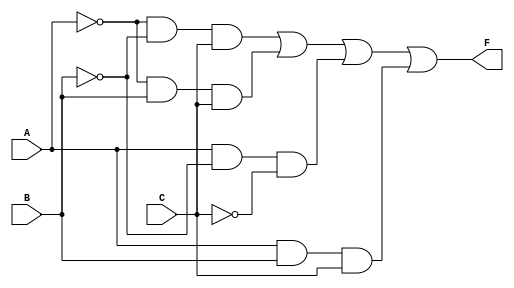
`timescale 1ns/1ps

module structural_gate_0 (
    output wire F,
    input wire A, B, C
);

    wire An, Bn, Cn;
    wire net1, net2, net3, net4;

    not comp_1(An, A);
    not comp_2(Bn, B);
    not comp_3(Cn, C);

    and comp_4(net1, An, Bn, C);
    and comp_5(net2, An, B, C);
    and comp_6(net3, A, Bn, Cn);
    and comp_7(net4, A, B, C);

    or comp_8(F, net1, net2, net3, net4);

endmodule

module tb_structural_gate_0();
    wire f;
    reg a, b, c;

    structural_gate_0 comp_1(.F(f), .A(a), .B(b), .C(c));

    initial
        begin
            $dumpfile("structural_gate_0.vcd");
            $dumpvars(0, tb_structural_gate_0);
            a = 1'b0;
            b = 1'b0;
            c = 1'b0;
            #1
            a = 1'b0;
            b = 1'b0;
            c = 1'b1;
            #1
            a = 1'b0;
            b = 1'b1;
            c = 1'b0;
            #1
            a = 1'b0;
            b = 1'b1;
            c = 1'b1;
            #1
            a = 1'b1;
            b = 1'b0;
            c = 1'b0;
            #1
            a = 1'b1;
            b = 1'b0;
            c = 1'b1;
            #1
            a = 1'b1;
            b = 1'b1;
            c = 1'b0;
            #1
            a = 1'b1;
            b = 1'b1;
            c = 1'b1;
            #10
            $finish;            
        end

    always @(f)
        $monitor("time=%0t \t a = %b b = %b c = %b f = %b", $time, a, b, c, f);    

endmodule